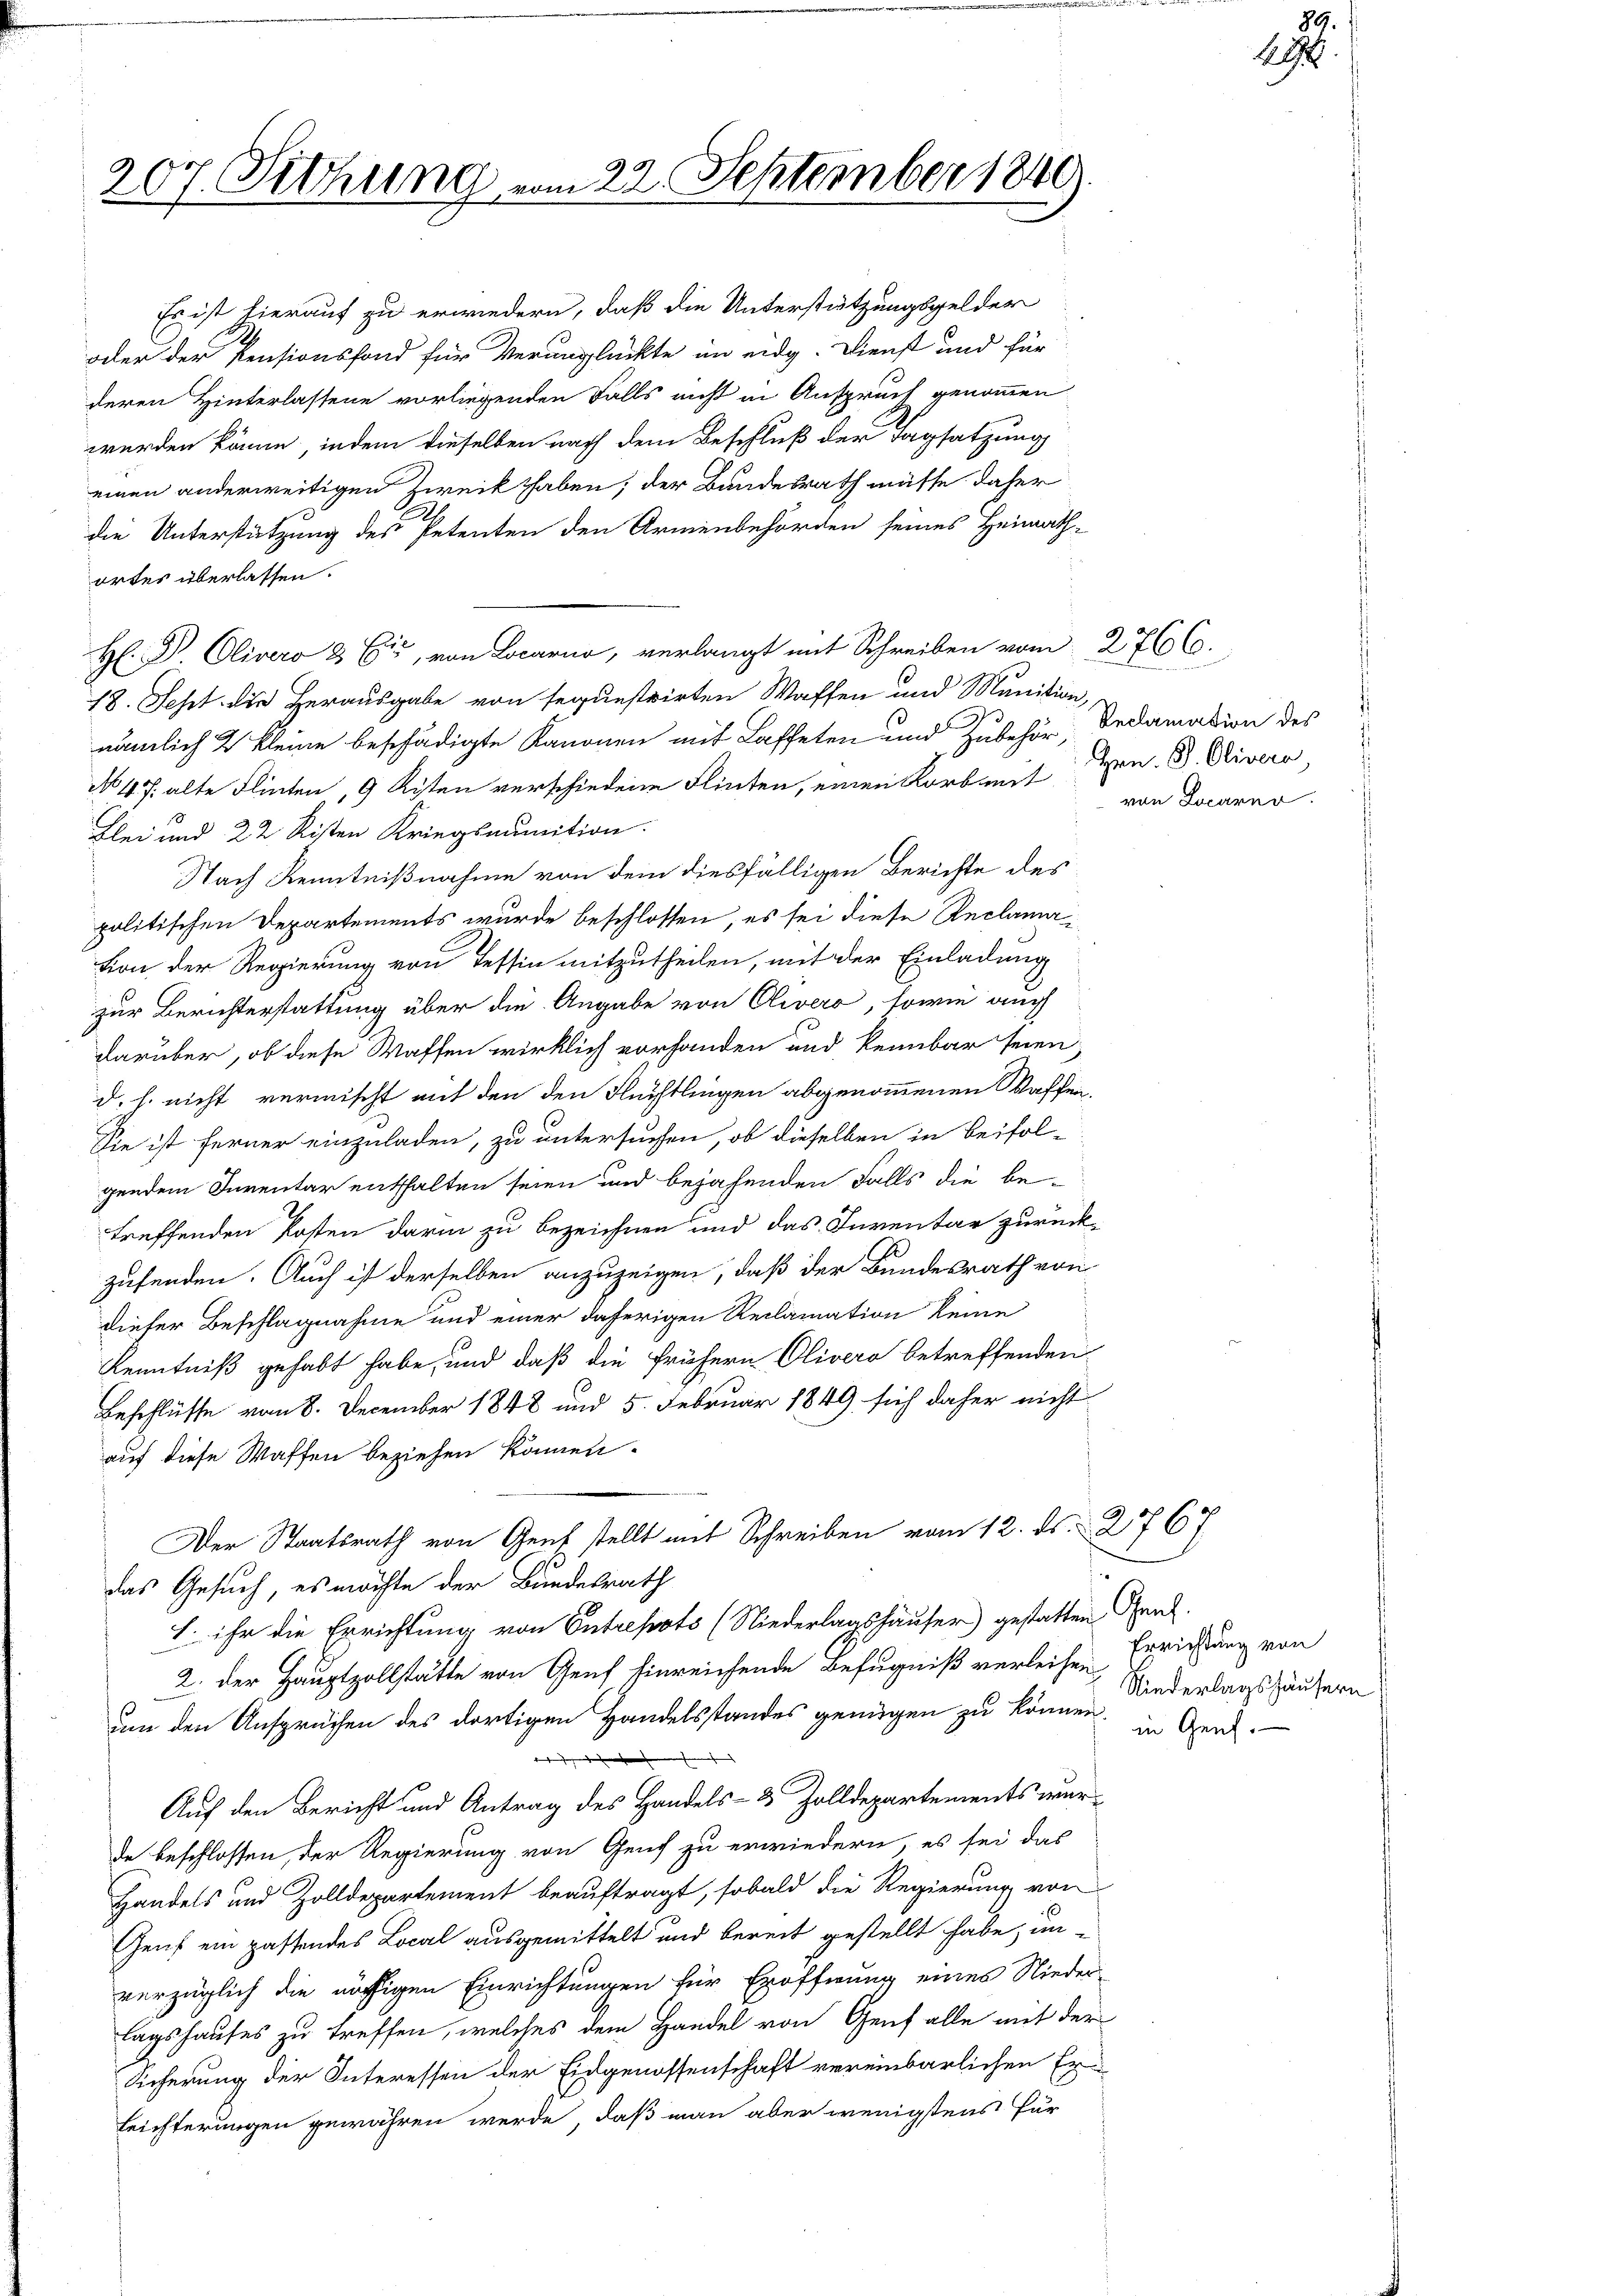
207. Sitzung

n 22. September 1840

werden könne, indem dieselben nach dem Beschluß der Tagsatzung
einen anderweitigen Zweck haben; der Bundesrath müsse daher
die Unterstützung des Petenten den Armenbehörden seines Heimath-
ortes überlassen.
H: Dr Olivero 2 Eid, von Locarno, verlangt mit Schreiben vom 2766.
18. Sept die Herausgabe von seguestrirten Waffen und Munition,
nämlich 2 kleine beschädigte Kanonen mit Laffeten und Zubehör-Dedamation des
No͇ 47. alte Flinten, 9 Kisten verschiedene Flinten, einen Korb mit
Blei und 22 Risten Kriegsmunition.
Nach Kenntnißnahme von dem diesfälligen Berichte des
politischen Departements wurde beschlossen, es sei diese Reclamation der Regierung von Tessin mitzutheilen, mit der Einladung
zur Berichterstattung über die Angabe von Clivero, sowie auch
darüber, ob diese Waffen wirklich vorhanden und kennbar seien,
d. h. nicht vermischt mit den den Flüchtlingen abgenommenen Waffen.
Sie ist ferner einzuladen, zu untersuchen, ob dieselben in Beifol-
gendem Inventar enthalten seien und bejahenden Falls die be-
treffenden Posten darin zu bezeichnen und das Inventar zurückzufenden. Auch ist derselben anzuzeigen, daß der Bundesrath von
dieser Beschlagnahme und einer daherigen Reclamation keine
Kenntniß gehabt habe, und daß die frühern Olivero betreffenden
Beschlüsse vom 8. December 1848 und 5. Februar 1849 sich daher nicht
auf diese Waffen beziehen können.
Der Staatsrath von Genf stellt mit Schreiben vom 12. ds. 2767
das Gesuch, es möchte der Bundesrath
h. ihr die Errichtung von Entrepots (Niederlagshäuser) gestatten Genf.
2. der Hauptzollstätte von Genf hinreichende Befugniß verleihen Errichtung von
um den Ansprüchen des dortigen Handelsstandes genügen zu können, in Gend
t
Auf den Bericht und Antrag des Handels- & Zolldepartements wurde beschlossen, der Regierung von Genf zu erwiedern, es sei das
Handels und Zolldepartement beauftragt, sobald die Regierung von
Genf ein passendes Local ausgemittelt und bereit gestellt habe, un-
verzüglich die nöthigen Einrichtungen für Eröffnung eines Nieder-
lagshauses zu treffen, welches dem Handel von Genf alle mit der
Sicherung der Interessen der Eidgenossenschaft vereinbarlichen Er¬
Leichterungen gewähren werde, daß man aber wenigstens für

Es ist hierauf zu erwiedern, daß die Unterstützungsgelder
oder der Pensionsfond für Verunglückte im eidg. Dienst und für
deren Hinterlassene vorliegenden Falls nicht in Anspruch genommen

Hrn. P. Olivera
von Locarno.

x

Niederlagshäusern